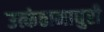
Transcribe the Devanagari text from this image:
उत्कंठामाधुरी